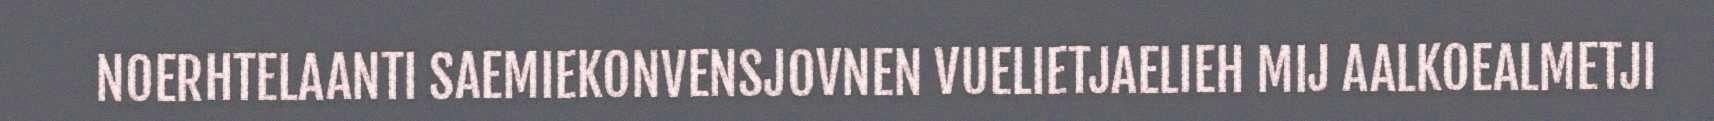
NOERHTELAANTI SAEMIEKONVENSJOVNEN VUELIETJAELIEH MIJ AALKOEALMETJI